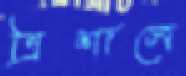
ত্রিশালে